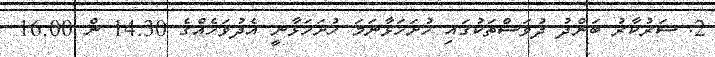
2. ސަރުކާރު ބަންދު ދުވަސްތަކުގައި ހުށަހަޅާނަމަ ހުށަހަޅާނީ އެދުވަހެއްގެ 14:30 ން 16:00